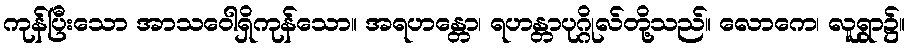
ကုန်ပြီးသော အာသဝေါရှိကုန်သော။ အရဟန္တော၊ ရဟန္တာပုဂ္ဂိုလ်တို့သည်။ လောကေ၊ လူရွာ၌။